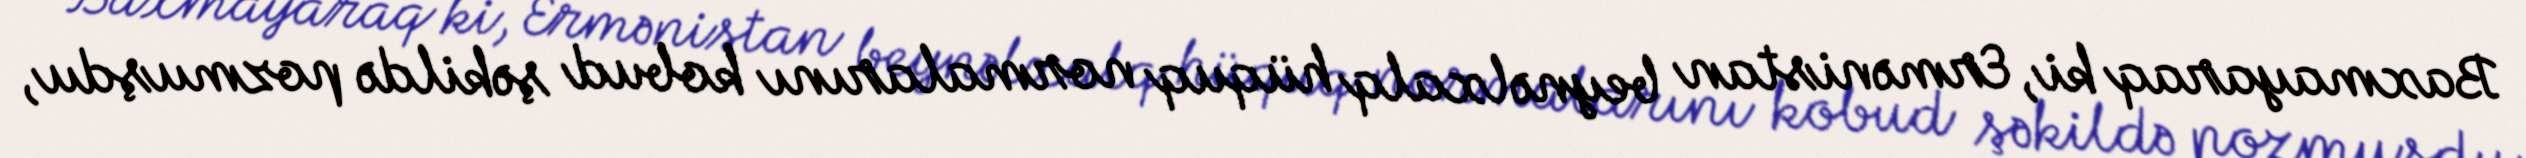
Baxmayaraq ki, Ermənistan beynəlxalq hüquq normalarını kobud şəkildə pozmuşdu,